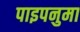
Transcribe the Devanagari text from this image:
पाइपनुमा